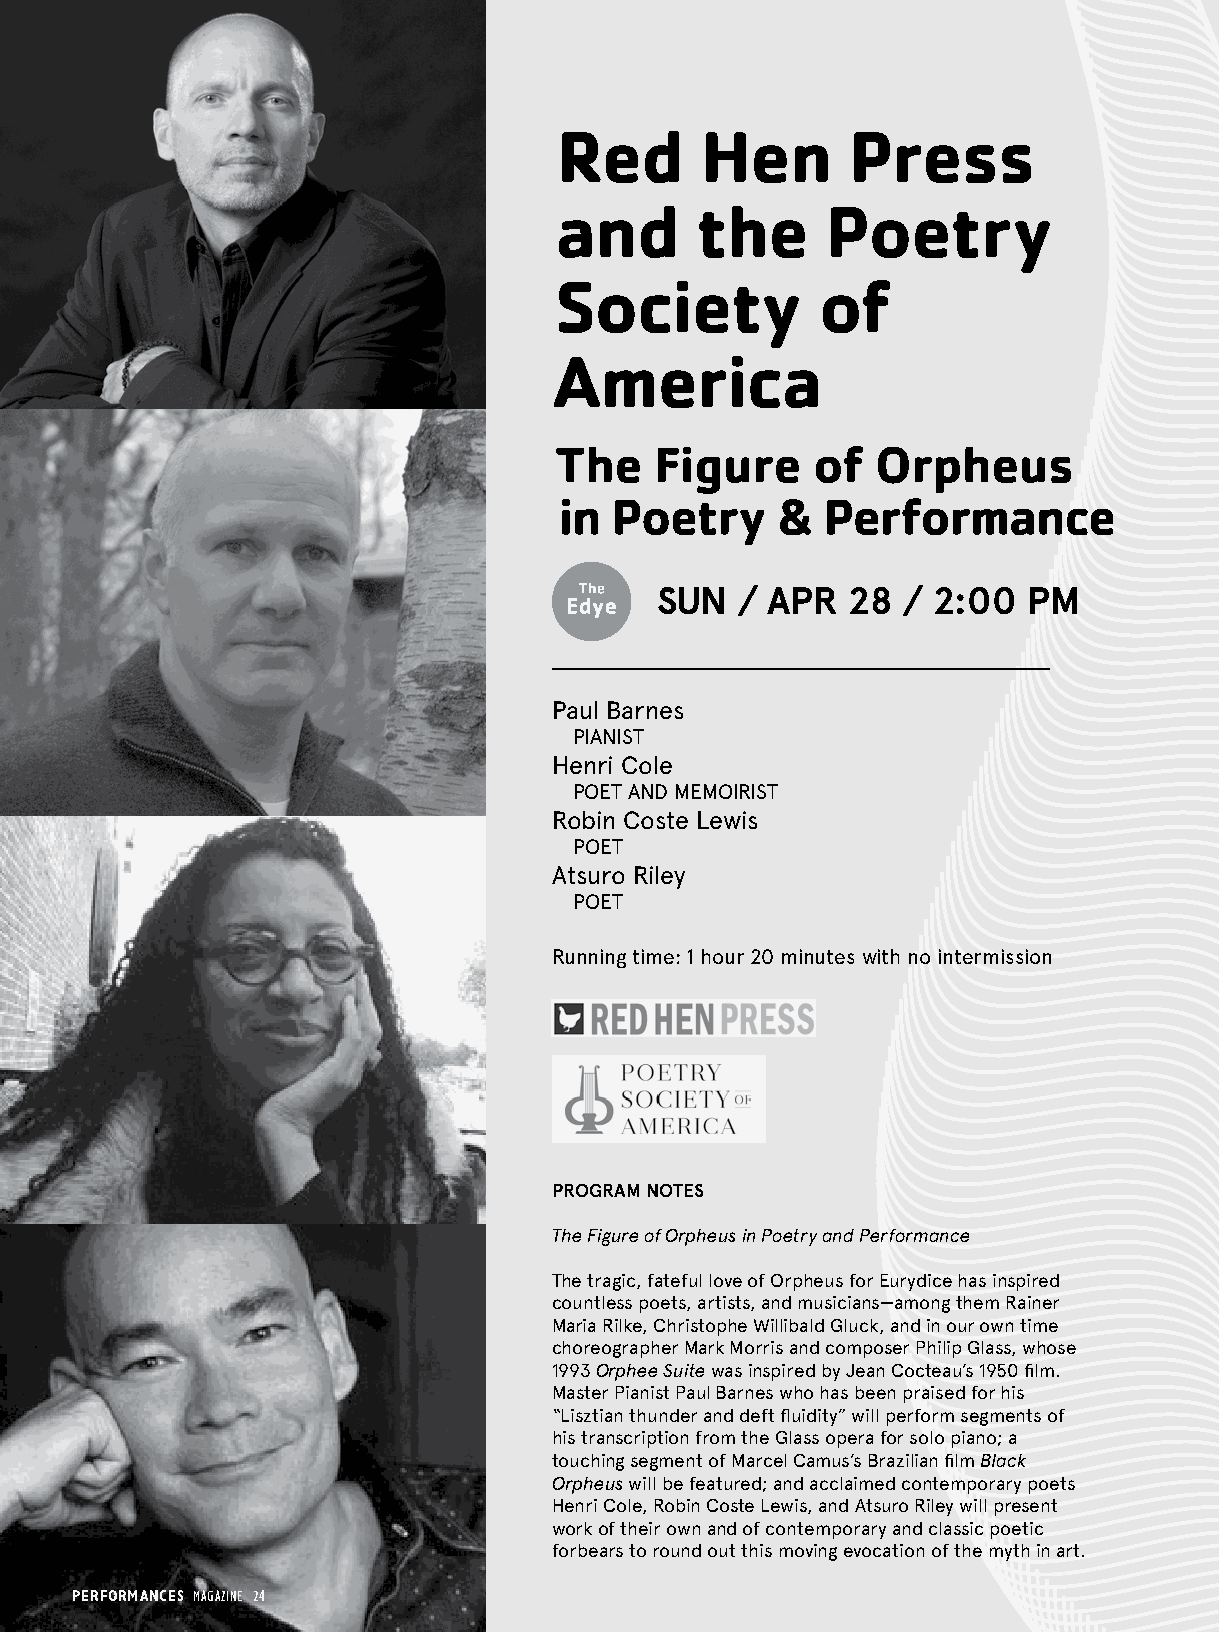
Red      Hen       Press
 and      the      Poetry
 Society          of
 America
 The   Figure     of  Orpheus
 in Poetry     &  Performance
 SUN   / APR  28  / 2:00  PM
 Paul Barnes
 PIANIST
 Henri Cole
 POET AND MEMOIRIST
 Robin Coste Lewis
 POET
 Atsuro Riley
 POET
 Running time: 1 hour 20 minutes with no intermission
 PROGRAM NOTES
 The Figure of Orpheus in Poetry and Performance
 The tragic, fateful love of Orpheus for Eurydice has inspired
 countless poets, artists, and musicians—among them Rainer
 Maria Rilke, Christophe Willibald Gluck, and in our own time
 choreographer Mark Morris and composer Philip Glass, whose
 1993 Orphee Suite was inspired by Jean Cocteau’s 1950 film.
 Master Pianist Paul Barnes who has been praised for his
 “Lisztian thunder and deft fluidity” will perform segments of
 his transcription from the Glass opera for solo piano; a
 touching segment of Marcel Camus’s Brazilian film Black
 Orpheus will be featured; and acclaimed contemporary poets
 Henri Cole, Robin Coste Lewis, and Atsuro Riley will present
 work of their own and of contemporary and classic poetic
 forbears to round out this moving evocation of the myth in art.
 PERFORMANCES MAGAZINE 24